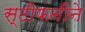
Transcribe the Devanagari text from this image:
स्टीफनीने